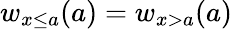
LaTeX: w_{x\leq a}(a)=w_{x>a}(a)